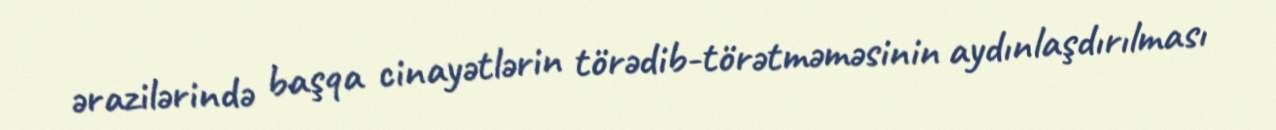
ərazilərində başqa cinayətlərin törədib-törətməməsinin aydınlaşdırılması